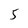
Character: 5